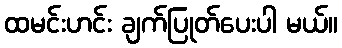
ထမင်းဟင်း ချက်ပြုတ်ပေးပါ မယ်။